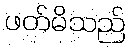
ဖတ်မိသည်